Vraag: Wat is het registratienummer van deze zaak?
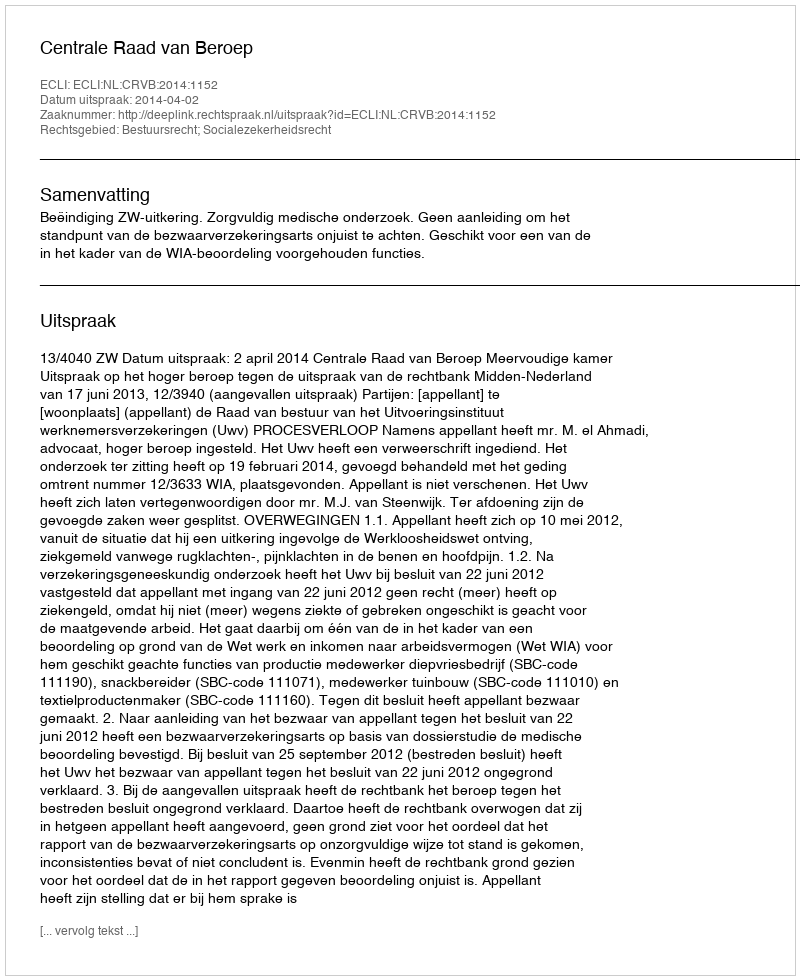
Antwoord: http://deeplink.rechtspraak.nl/uitspraak?id=ECLI:NL:CRVB:2014:1152